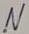
Text: N